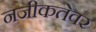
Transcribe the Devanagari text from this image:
नजीकतेवर